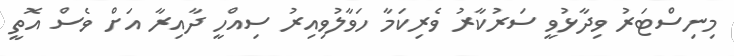
މިނިސްޓަރު ވިދާޅުވީ ސަރުކާރު ވެރިކަމާ ހަވާލުވިއިރު ސިއްހީ ދާއިރާ އަށް ވެސް އޮތީ